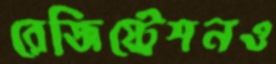
রেজিস্ট্রেশনও